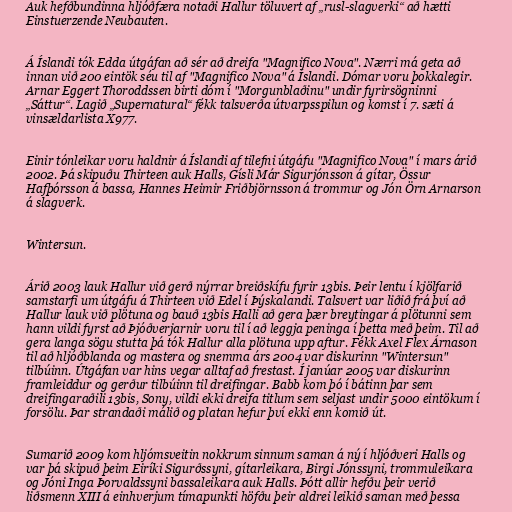
Auk hefðbundinna hljóðfæra notaði Hallur töluvert af „rusl-slagverki“ að hætti
Einstuerzende Neubauten.

Á Íslandi tók Edda útgáfan að sér að dreifa "Magnifico Nova". Nærri má geta að
innan við 200 eintök séu til af "Magnifico Nova" á Íslandi. Dómar voru þokkalegir.
Arnar Eggert Thoroddssen birti dóm í "Morgunblaðinu" undir fyrirsögninni
„Sáttur“. Lagið „Supernatural“ fékk talsverða útvarpsspilun og komst í 7. sæti á
vinsældarlista X977.

Einir tónleikar voru haldnir á Íslandi af tilefni útgáfu "Magnifico Nova" í mars árið
2002. Þá skipuðu Thirteen auk Halls, Gísli Már Sigurjónsson á gítar, Össur
Hafþórsson á bassa, Hannes Heimir Friðbjörnsson á trommur og Jón Örn Arnarson
á slagverk.

Wintersun.

Árið 2003 lauk Hallur við gerð nýrrar breiðskífu fyrir 13bis. Þeir lentu í kjölfarið
samstarfi um útgáfu á Thirteen við Edel í Þýskalandi. Talsvert var liðið frá því að
Hallur lauk við plötuna og bauð 13bis Halli að gera þær breytingar á plötunni sem
hann vildi fyrst að Þjóðverjarnir voru til í að leggja peninga í þetta með þeim. Til að
gera langa sögu stutta þá tók Hallur alla plötuna upp aftur. Fékk Axel Flex Árnason
til að hljóðblanda og mastera og snemma árs 2004 var diskurinn "Wintersun"
tilbúinn. Útgáfan var hins vegar alltaf að frestast. Í janúar 2005 var diskurinn
framleiddur og gerður tilbúinn til dreifingar. Babb kom þó í bátinn þar sem
dreifingaraðili 13bis, Sony, vildi ekki dreifa titlum sem seljast undir 5000 eintökum í
forsölu. Þar strandaði málið og platan hefur því ekki enn komið út.

Sumarið 2009 kom hljómsveitin nokkrum sinnum saman á ný í hljóðveri Halls og
var þá skipuð þeim Eiríki Sigurðssyni, gítarleikara, Birgi Jónssyni, trommuleikara
og Jóni Inga Þorvaldssyni bassaleikara auk Halls. Þótt allir hefðu þeir verið
liðsmenn XIII á einhverjum tímapunkti höfðu þeir aldrei leikið saman með þessa